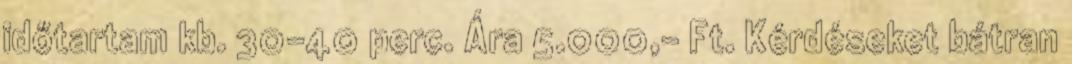
időtartam kb. 30-40 perc. Ára 5.000,- Ft. Kérdéseket bátran